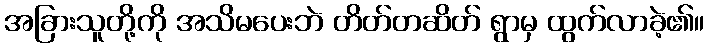
အခြားသူတို့ကို အသိမပေးဘဲ တိတ်တဆိတ် ရွာမှ ထွက်လာခဲ့၏။